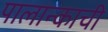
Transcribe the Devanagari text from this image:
पालान्काची